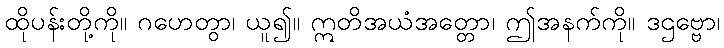
ထိုပန်းတို့ကို။ ဂဟေတွာ၊ ယူ၍။ ဣတိအယံအတ္တော၊ ဤအနက်ကို။ ဒဌဗ္ဗော၊